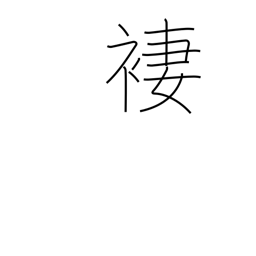
Meaning: skirt